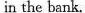
in the bank.